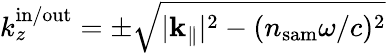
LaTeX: k_{z}^{\mathrm{in/out}}=\pm\sqrt{|{\mathbf k}_{\parallel}|^{2}-(n_{\mathrm{sam}}\omega/c)^{2}}